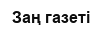
Заң газеті